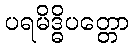
ပရမိဒ္ဓိပတ္တော